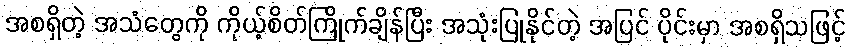
အစရှိတဲ့ အသံတွေကို ကိုယ့်စိတ်ကြိုက်ချိန်ပြီး အသုံးပြုနိုင်တဲ့ အပြင် ပိုင်းမှာ အစရှိသဖြင့်